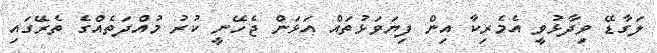
ލަގާޑޭ ވިދާޅުވީ އެމެރިކާ އިން ފިޔަވަޅުތައް އަޅަން ޖެހޭނީ ކުރު މުއްދަތެއްގެ ތެރޭގައި